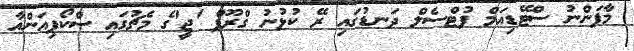
މާފަންނު ސްޓޭޑިއަމް ފުޓްސެލް ދަނޑުގައި ރޭ ކުޅުނު ގްރޫޕް 'ޖީ'ގެ މެޗުގައި ސްކޯޕިއަންއާ